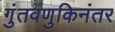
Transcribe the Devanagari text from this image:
गुंतवणुकिनंतर